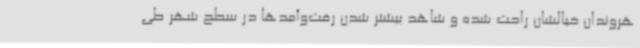
هروندان خیالشان راحت شده و شاهد بیشتر شدن رفت‌وآمدها در سطح شهر طی